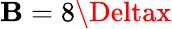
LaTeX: \mathbf{B}=8\Deltax